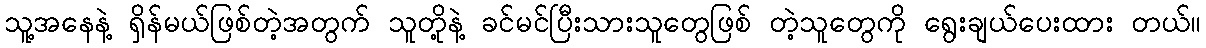
သူ့အနေနဲ့ ရှိန်မယ်ဖြစ်တဲ့အတွက် သူတို့နဲ့ ခင်မင်ပြီးသားသူတွေဖြစ် တဲ့သူတွေကို ရွေးချယ်ပေးထား တယ်။